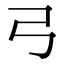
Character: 弓